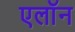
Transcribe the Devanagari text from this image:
एलाॅन